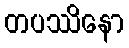
တပဿိနော